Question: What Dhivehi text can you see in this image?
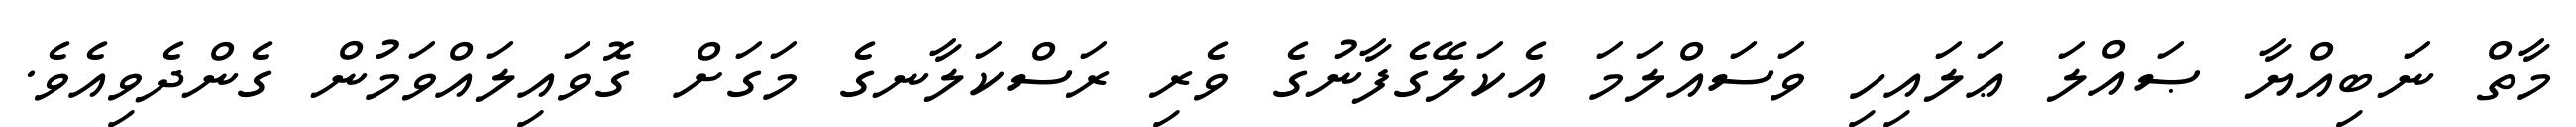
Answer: މާތް ނަބިއްޔާ ޞައްލަ ޢަލައިހި ވަސައްލަމަ އެކަލޭގެފާނުގެ ވެރި ރަސްކަލާނގެ މަގަށް ގޮވައިލައްވަމުން ގެންދެވިއެވެ.